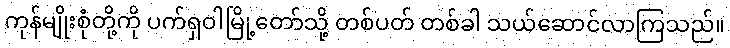
ကုန်မျိုးစုံတို့ကို ပက်ရှဝါမြို့တော်သို့ တစ်ပတ် တစ်ခါ သယ်ဆောင်လာကြသည်။